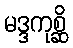
မဒ္ဒကုစ္ဆိ